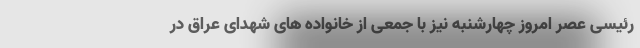
رئیسی عصر امروز چهارشنبه نیز با جمعی از خانواده های شهدای عراق در